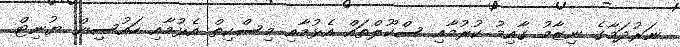
ނަރުދަމާގެ ނިޒާމު ގާއިމު ކުރުމާއި ސްކޫލްތައް އެޅުމާއި މިސްކިތް އެޅުމާއި ހައުސިން ޔުނިޓް